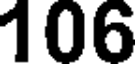
106